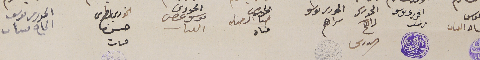
الحورى ىوسف حىا القىات   الحورى ىوسف مرعب     الحورى  الحورى ىوسف ىراهم   الحورى حىا الحورى موسى عصى القىىات الخورى بطرس حسن مىىات الحورى ىوسف الحاج مىىات